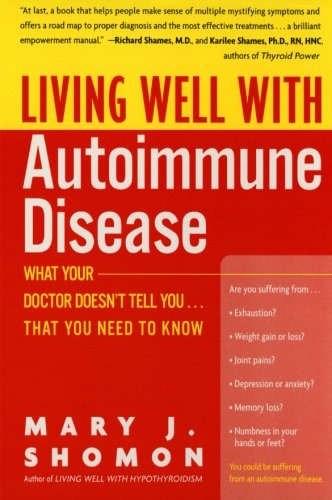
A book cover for Living Well with Autoimmune Disease: What Your Doctor Doesn't Tell You...That You Need to Know; Mary J. Shomon; Health, Fitness & Dieting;